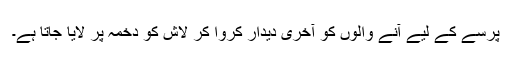
پرسے کے لیے آنے والوں کو آخری دیدار کروا کر لاش کو دخمہ پر لایا جاتا ہے۔